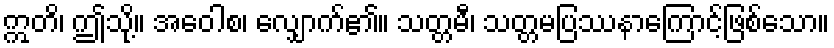
ဣတိ၊ ဤသို့။ အဝေါစ၊ လျှောက်၏။ သတ္တမီ၊ သတ္တမပြဿနာကြောင့်ဖြစ်သော။